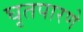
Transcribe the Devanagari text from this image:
घृतपारणे